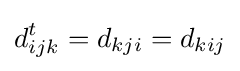
d_{ijk}^{t}=d_{kji}=d_{kij}